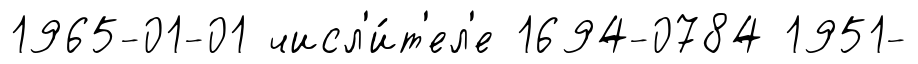
1965-01-01 числ'и́т'ел'е 1694-0784 1951-